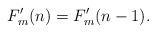
LaTeX: \begin{align*}F'_m(n)=F'_m(n-1).\end{align*}